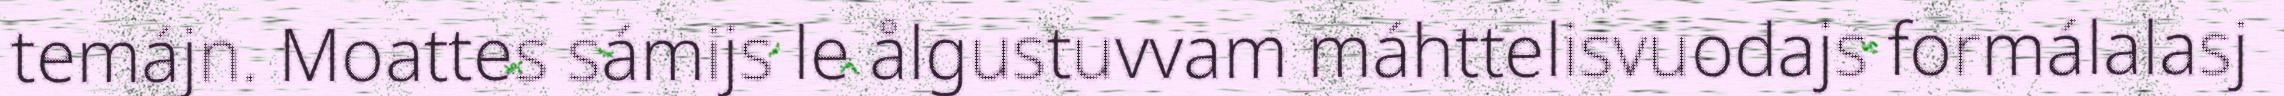
temájn. Moattes sámijs le ålgustuvvam máhttelisvuodajs formálalasj